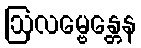
ဩလမ္ဗေန္တေန